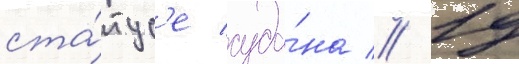
ста́тус'е суда́на // 19